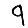
Digit: 9